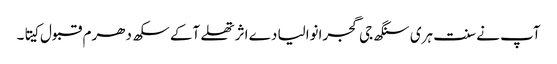
آپ نے سنت ہری سنگھ جی گجرانوالیا دے اثر تھلے آکے سکھ دھرم قبول کیتا۔